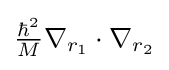
{\textstyle {\frac {\hbar ^{2}}{M}}\nabla _{r_{1}}\cdot \nabla _{r_{2}}}